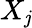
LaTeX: X_{\mathit{j}}